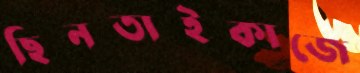
ছিনতাইকাজে